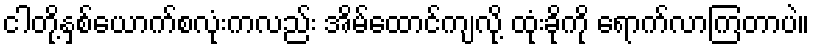
ငါတို့နှစ်ယောက်စလုံးကလည်း အိမ်ထောင်ကျလို့ ထုံးခိုကို ရောက်လာကြတာပဲ။